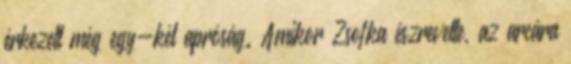
érkezett még egy-két apróság. Amikor Zsofka észrevette, az arcára